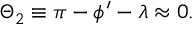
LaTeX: \Theta _ { 2 } \equiv \pi - \phi ^ { \prime } - \lambda \approx 0 .